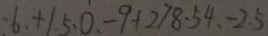
- 6 . + 1 . 5 . 0 . - 9 + 2 7 8 . 5 4 . - 2 . 5